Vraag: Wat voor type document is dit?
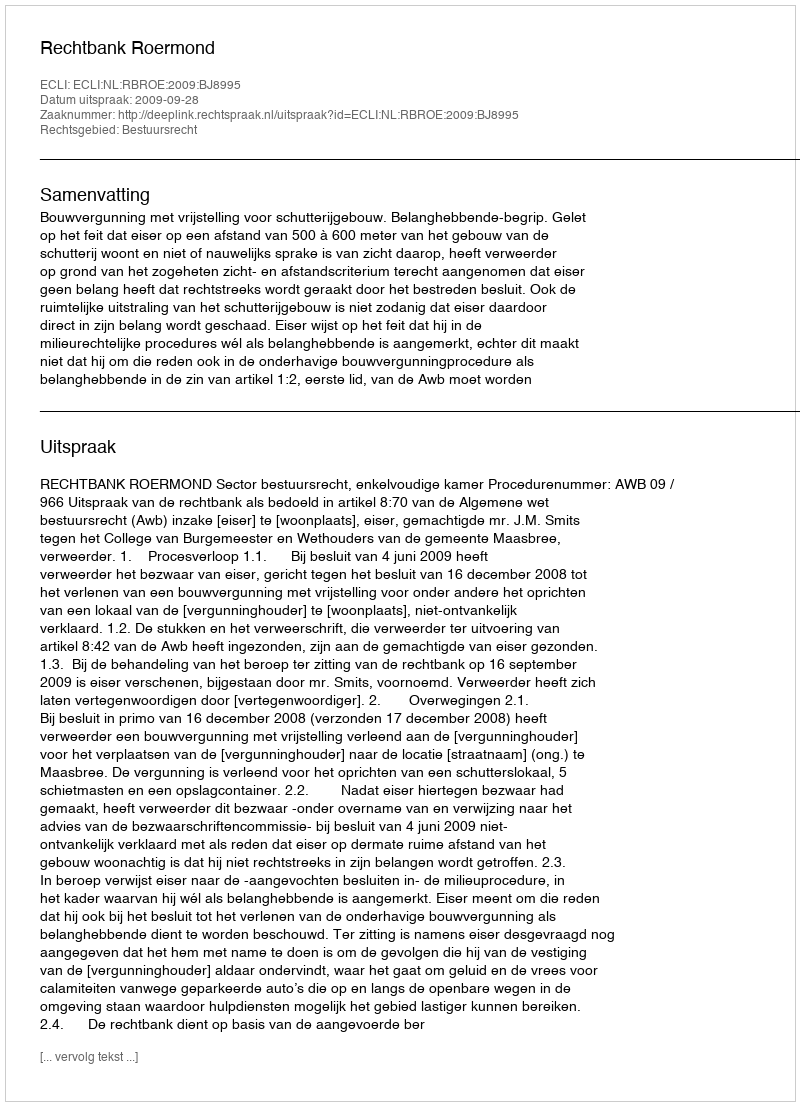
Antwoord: Uitspraak